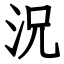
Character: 況